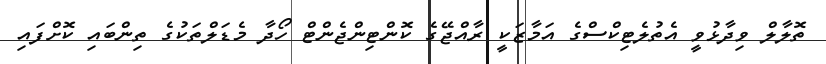
ތޮލާލް ވިދާޅުވީ އެތުލެޓިކްސްގެ އަމާޒަކީ ރާއްޖޭގެ ކޮންޓިންޖެންޓް ހޯދާ މެޑަލްތަކުގެ ތިންބައި ކޮށްފައި